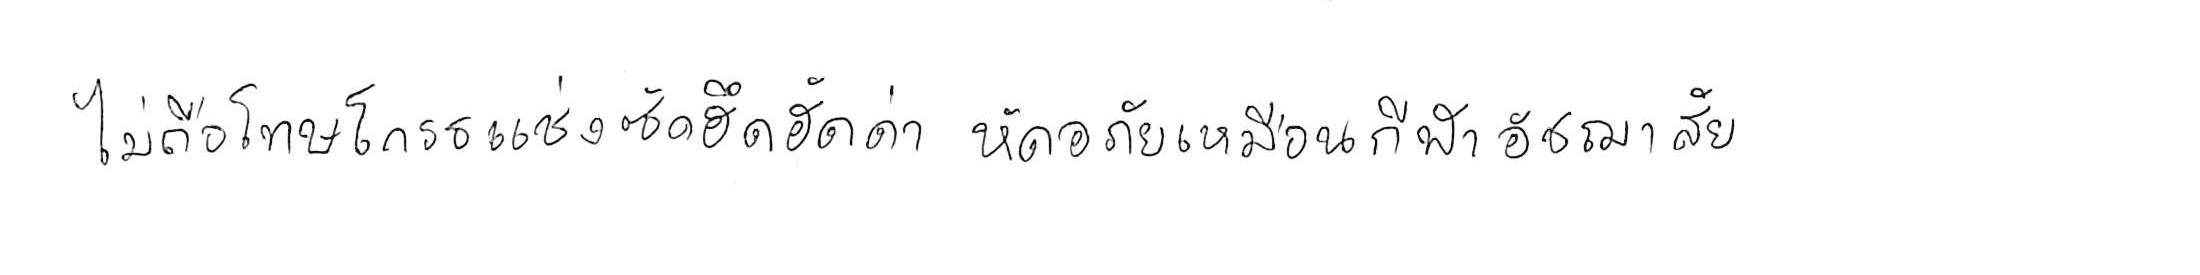
ไม่ถือโทษโกรธแช่งซัดฮึดฮัดด่า หัดอภัยเหมือนกีฬาอัชฌาสัย